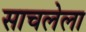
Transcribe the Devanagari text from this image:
साचलेला